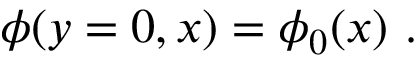
\phi ( y = 0 , x ) = \phi _ { 0 } ( x ) \ .